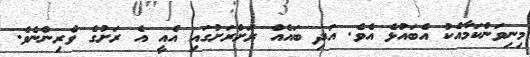
މިނިވަންކަމާއެކު އެބައުޅެ އެވެ. އަދި ބައެއް ރަށްރަށުގައި އެއީ އެ ރަށުގެ ވެރިންނެވެ.